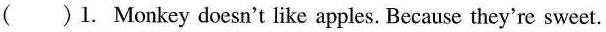
( )1. Monkey doesn't like apples. Because they're sweet.